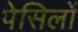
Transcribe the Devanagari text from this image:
पेसिलों